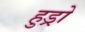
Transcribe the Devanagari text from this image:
हुड्रो